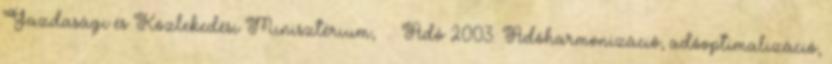
Gazdasági és Közlekedési Minisztérium, . Adó 2003. Adóharmonizáció, adóoptimalizáció,